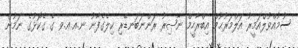
ސުމުއްވުލްއަމީރު އަލްމަރުޙޫމް އިބްރާހީމް ނާޞިރު ރަންނަބަނޑޭރި ކިލެގެފާނު ނ.ޢ.ޢ.ވ ގެ ގެކޮޅުގެ ނަމުން